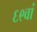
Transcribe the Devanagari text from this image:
६९वां